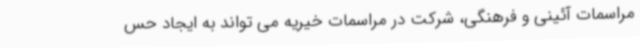
مراسمات آئینی و فرهنگی، شرکت در مراسمات خیریه می تواند به ایجاد حس